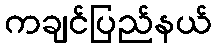
ကချင်ပြည်နယ်